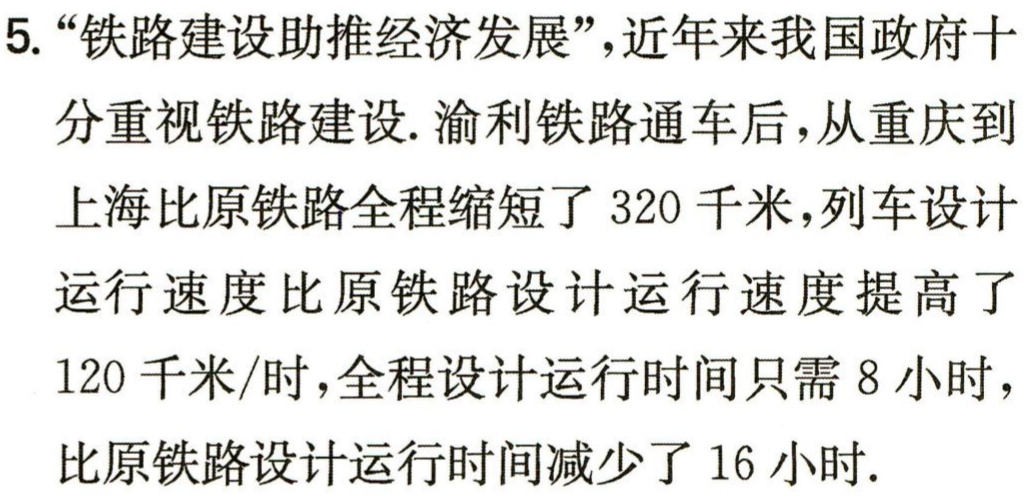
5. “铁路建设助推经济发展”,近年来我国政府十

分重视铁路建设. 渝利铁路通车后,从重庆到

上海比原铁路全程缩短了 320 千米,列车设计

运行速度比原铁路设计运行速度提高了

120 千米/时,全程设计运行时间只需 8 小时,

比原铁路设计运行时间减少了 16 小时.